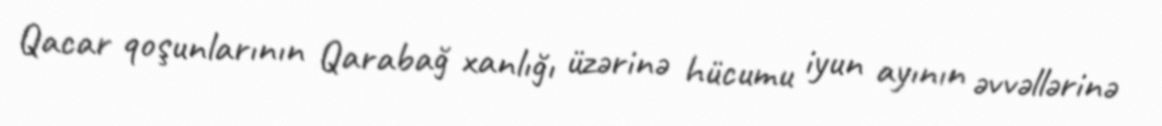
Qacar qoşunlarının Qarabağ xanlığı üzərinə hücumu iyun ayının əvvəllərinə